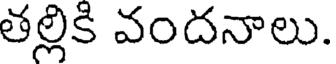
తల్లికి వందనాలు.